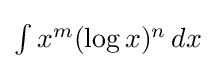
{\textstyle \int x^{m}(\log x)^{n}\,dx}